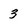
Character: 3